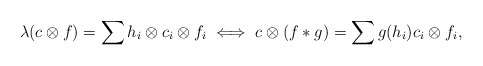
\begin{align*}\lambda(c \otimes f) = \sum h_i \otimes c _i \otimes f_i \iff c \otimes (f \ast g) = \sum g(h_i) c _i \otimes f_i,\end{align*}